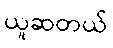
ယူဆတယ်